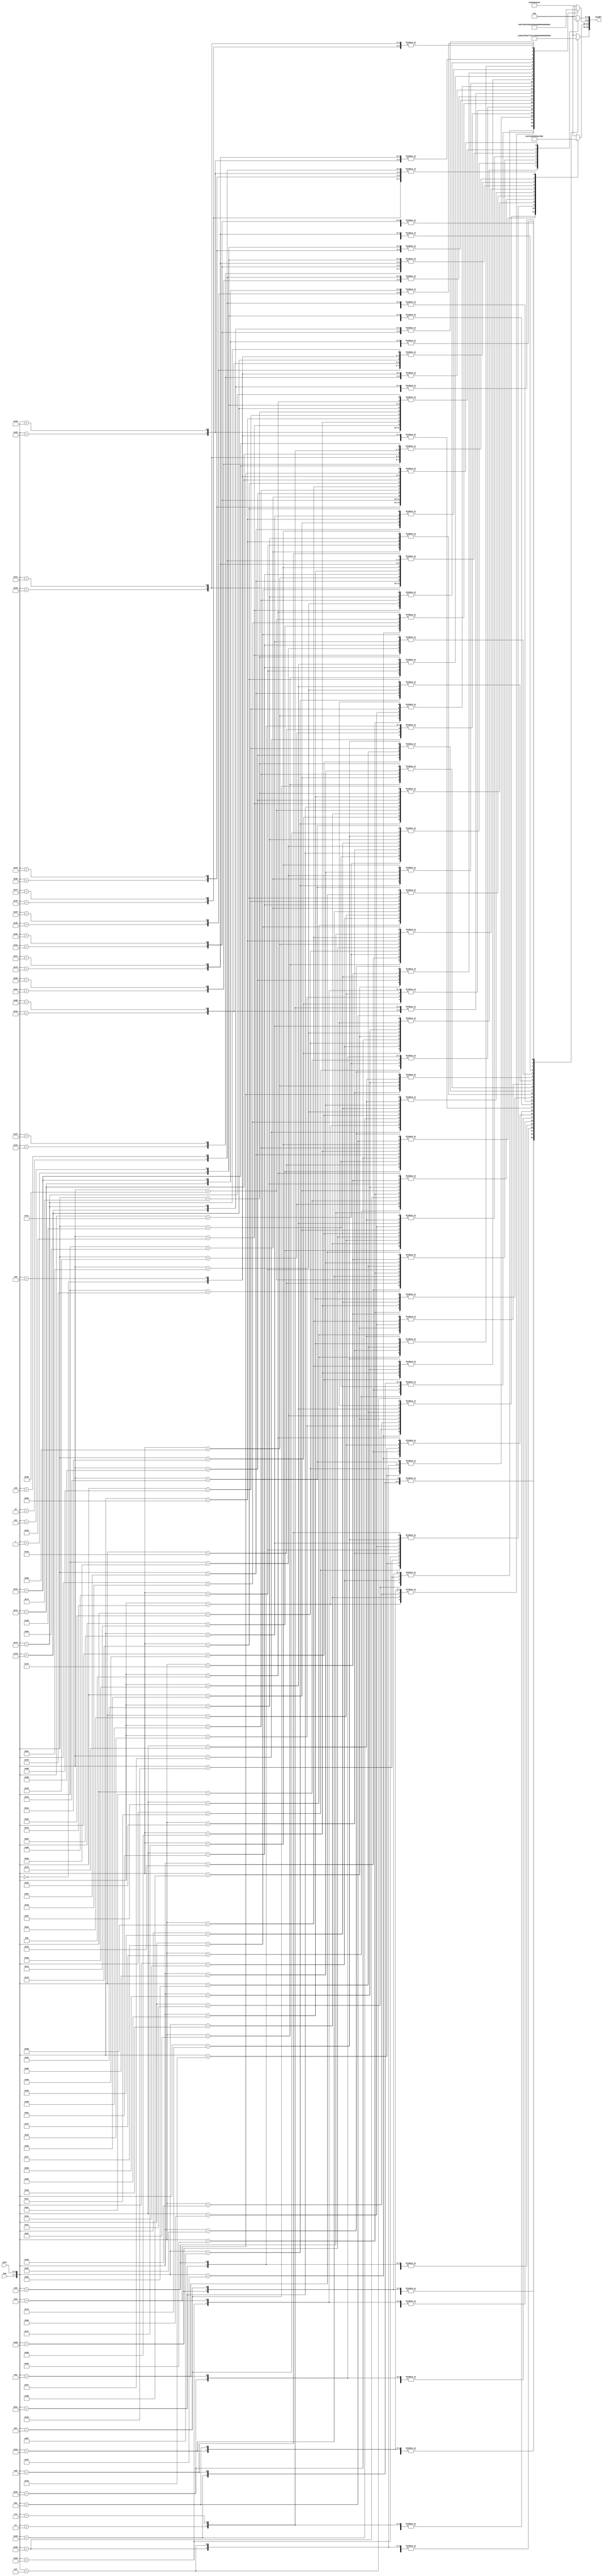
`timescale 1ns/1ps
module intra_lut2(			
  ang,
  yPos,
  weight			//pred[x,y] = (32-weight)*ref[]+weight*ref[]....
);

  input [2:0]  yPos;
  output [19:0] weight;
  
  //reg[19:0] weight;
  input [4:0] ang;
  reg [19:0] weight;
  always @(*)
   
  begin 
     casez ({ ang, yPos})
//angle = -2
		8'o00:  begin weight[19:15]= 30; weight[14:10]= 28;  weight[9:5]= 26;  weight[4:0]= 24; end 
		8'o01:  begin weight[19:15]= 22; weight[14:10]= 20;  weight[9:5]= 18;  weight[4:0]= 16; end 
		8'o02:  begin weight[19:15]= 14; weight[14:10]= 12;  weight[9:5]= 10;  weight[4:0]= 8; end 
		8'o03:  begin weight[19:15]= 6; weight[14:10]= 4;  weight[9:5]= 2;  weight[4:0]= 0; end 
		8'o04:  begin weight[19:15]= 30; weight[14:10]= 28;  weight[9:5]= 26;  weight[4:0]= 24; end 
		8'o05:  begin weight[19:15]= 22; weight[14:10]= 20;  weight[9:5]= 18;  weight[4:0]= 16; end 
		8'o06:  begin weight[19:15]= 14; weight[14:10]= 12;  weight[9:5]= 10;  weight[4:0]= 8; end 
		8'o07:  begin weight[19:15]= 6; weight[14:10]= 4;  weight[9:5]= 2;  weight[4:0]= 0; end 
//angle = -5
		8'o10:  begin weight[19:15]= 27; weight[14:10]= 22;  weight[9:5]= 17;  weight[4:0]= 12; end 
		8'o11:  begin weight[19:15]= 7; weight[14:10]= 2;  weight[9:5]= 29;  weight[4:0]= 24; end 
		8'o12:  begin weight[19:15]= 19; weight[14:10]= 14;  weight[9:5]= 9;  weight[4:0]= 4; end 
		8'o13:  begin weight[19:15]= 31; weight[14:10]= 26;  weight[9:5]= 21;  weight[4:0]= 16; end 
		8'o14:  begin weight[19:15]= 11; weight[14:10]= 6;  weight[9:5]= 1;  weight[4:0]= 28; end 
		8'o15:  begin weight[19:15]= 23; weight[14:10]= 18;  weight[9:5]= 13;  weight[4:0]= 8; end 
		8'o16:  begin weight[19:15]= 3; weight[14:10]= 30;  weight[9:5]= 25;  weight[4:0]= 20; end 
		8'o17:  begin weight[19:15]= 15; weight[14:10]= 10;  weight[9:5]= 5;  weight[4:0]= 0; end 
//angle = -9
		8'o20:  begin weight[19:15]= 23; weight[14:10]= 14;  weight[9:5]= 5;  weight[4:0]= 28; end 
		8'o21:  begin weight[19:15]= 19; weight[14:10]= 10;  weight[9:5]= 1;  weight[4:0]= 24; end 
		8'o22:  begin weight[19:15]= 15; weight[14:10]= 6;  weight[9:5]= 29;  weight[4:0]= 20; end 
		8'o23:  begin weight[19:15]= 11; weight[14:10]= 2;  weight[9:5]= 25;  weight[4:0]= 16; end 
		8'o24:  begin weight[19:15]= 7; weight[14:10]= 30;  weight[9:5]= 21;  weight[4:0]= 12; end 
		8'o25:  begin weight[19:15]= 3; weight[14:10]= 26;  weight[9:5]= 17;  weight[4:0]= 8; end 
		8'o26:  begin weight[19:15]= 31; weight[14:10]= 22;  weight[9:5]= 13;  weight[4:0]= 4; end 
		8'o27:  begin weight[19:15]= 27; weight[14:10]= 18;  weight[9:5]= 9;  weight[4:0]= 0; end 
//angle = -13
		8'o30:  begin weight[19:15]= 19; weight[14:10]= 6;  weight[9:5]= 25;  weight[4:0]= 12; end 
		8'o31:  begin weight[19:15]= 31; weight[14:10]= 18;  weight[9:5]= 5;  weight[4:0]= 24; end 
		8'o32:  begin weight[19:15]= 11; weight[14:10]= 30;  weight[9:5]= 17;  weight[4:0]= 4; end 
		8'o33:  begin weight[19:15]= 23; weight[14:10]= 10;  weight[9:5]= 29;  weight[4:0]= 16; end 
		8'o34:  begin weight[19:15]= 3; weight[14:10]= 22;  weight[9:5]= 9;  weight[4:0]= 28; end 
		8'o35:  begin weight[19:15]= 15; weight[14:10]= 2;  weight[9:5]= 21;  weight[4:0]= 8; end 
		8'o36:  begin weight[19:15]= 27; weight[14:10]= 14;  weight[9:5]= 1;  weight[4:0]= 20; end 
		8'o37:  begin weight[19:15]= 7; weight[14:10]= 26;  weight[9:5]= 13;  weight[4:0]= 0; end 
//angle = -17
		8'o40:  begin weight[19:15]= 15; weight[14:10]= 30;  weight[9:5]= 13;  weight[4:0]= 28; end 
		8'o41:  begin weight[19:15]= 11; weight[14:10]= 26;  weight[9:5]= 9;  weight[4:0]= 24; end 
		8'o42:  begin weight[19:15]= 7; weight[14:10]= 22;  weight[9:5]= 5;  weight[4:0]= 20; end 
		8'o43:  begin weight[19:15]= 3; weight[14:10]= 18;  weight[9:5]= 1;  weight[4:0]= 16; end 
		8'o44:  begin weight[19:15]= 31; weight[14:10]= 14;  weight[9:5]= 29;  weight[4:0]= 12; end 
		8'o45:  begin weight[19:15]= 27; weight[14:10]= 10;  weight[9:5]= 25;  weight[4:0]= 8; end 
		8'o46:  begin weight[19:15]= 23; weight[14:10]= 6;  weight[9:5]= 21;  weight[4:0]= 4; end 
		8'o47:  begin weight[19:15]= 19; weight[14:10]= 2;  weight[9:5]= 17;  weight[4:0]= 0; end 
//angle = -21
		8'o50:  begin weight[19:15]= 11; weight[14:10]= 22;  weight[9:5]= 1;  weight[4:0]= 12; end 
		8'o51:  begin weight[19:15]= 23; weight[14:10]= 2;  weight[9:5]= 13;  weight[4:0]= 24; end 
		8'o52:  begin weight[19:15]= 3; weight[14:10]= 14;  weight[9:5]= 25;  weight[4:0]= 4; end 
		8'o53:  begin weight[19:15]= 15; weight[14:10]= 26;  weight[9:5]= 5;  weight[4:0]= 16; end 
		8'o54:  begin weight[19:15]= 27; weight[14:10]= 6;  weight[9:5]= 17;  weight[4:0]= 28; end 
		8'o55:  begin weight[19:15]= 7; weight[14:10]= 18;  weight[9:5]= 29;  weight[4:0]= 8; end 
		8'o56:  begin weight[19:15]= 19; weight[14:10]= 30;  weight[9:5]= 9;  weight[4:0]= 20; end 
		8'o57:  begin weight[19:15]= 31; weight[14:10]= 10;  weight[9:5]= 21;  weight[4:0]= 0; end 
//angle = -26
		8'o60:  begin weight[19:15]= 6; weight[14:10]= 12;  weight[9:5]= 18;  weight[4:0]= 24; end 
		8'o61:  begin weight[19:15]= 30; weight[14:10]= 4;  weight[9:5]= 10;  weight[4:0]= 16; end 
		8'o62:  begin weight[19:15]= 22; weight[14:10]= 28;  weight[9:5]= 2;  weight[4:0]= 8; end 
		8'o63:  begin weight[19:15]= 14; weight[14:10]= 20;  weight[9:5]= 26;  weight[4:0]= 0; end 
		8'o64:  begin weight[19:15]= 6; weight[14:10]= 12;  weight[9:5]= 18;  weight[4:0]= 24; end 
		8'o65:  begin weight[19:15]= 30; weight[14:10]= 4;  weight[9:5]= 10;  weight[4:0]= 16; end 
		8'o66:  begin weight[19:15]= 22; weight[14:10]= 28;  weight[9:5]= 2;  weight[4:0]= 8; end 
		8'o67:  begin weight[19:15]= 14; weight[14:10]= 20;  weight[9:5]= 26;  weight[4:0]= 0; end 
//angle = -32
		8'o7?:  begin weight[19:15]= 0; weight[14:10]= 0;  weight[9:5]= 0;  weight[4:0]= 0; end 
//angle = 0
		8'o10?:  begin weight[19:15]= 0; weight[14:10]= 0;  weight[9:5]= 0;  weight[4:0]= 0; end 
//angle = 2
		8'o110:  begin weight[19:15]= 2; weight[14:10]= 4;  weight[9:5]= 6;  weight[4:0]= 8; end 
		8'o111:  begin weight[19:15]= 10; weight[14:10]= 12;  weight[9:5]= 14;  weight[4:0]= 16; end 
		8'o112:  begin weight[19:15]= 18; weight[14:10]= 20;  weight[9:5]= 22;  weight[4:0]= 24; end 
		8'o113:  begin weight[19:15]= 26; weight[14:10]= 28;  weight[9:5]= 30;  weight[4:0]= 0; end 
		8'o114:  begin weight[19:15]= 2; weight[14:10]= 4;  weight[9:5]= 6;  weight[4:0]= 8; end 
		8'o115:  begin weight[19:15]= 10; weight[14:10]= 12;  weight[9:5]= 14;  weight[4:0]= 16; end 
		8'o116:  begin weight[19:15]= 18; weight[14:10]= 20;  weight[9:5]= 22;  weight[4:0]= 24; end 
		8'o117:  begin weight[19:15]= 26; weight[14:10]= 28;  weight[9:5]= 30;  weight[4:0]= 0; end 
//angle = 5
		8'o120:  begin weight[19:15]= 5; weight[14:10]= 10;  weight[9:5]= 15;  weight[4:0]= 20; end 
		8'o121:  begin weight[19:15]= 25; weight[14:10]= 30;  weight[9:5]= 3;  weight[4:0]= 8; end 
		8'o122:  begin weight[19:15]= 13; weight[14:10]= 18;  weight[9:5]= 23;  weight[4:0]= 28; end 
		8'o123:  begin weight[19:15]= 1; weight[14:10]= 6;  weight[9:5]= 11;  weight[4:0]= 16; end 
		8'o124:  begin weight[19:15]= 21; weight[14:10]= 26;  weight[9:5]= 31;  weight[4:0]= 4; end 
		8'o125:  begin weight[19:15]= 9; weight[14:10]= 14;  weight[9:5]= 19;  weight[4:0]= 24; end 
		8'o126:  begin weight[19:15]= 29; weight[14:10]= 2;  weight[9:5]= 7;  weight[4:0]= 12; end 
		8'o127:  begin weight[19:15]= 17; weight[14:10]= 22;  weight[9:5]= 27;  weight[4:0]= 0; end 
//angle = 9
		8'o130:  begin weight[19:15]= 9; weight[14:10]= 18;  weight[9:5]= 27;  weight[4:0]= 4; end 
		8'o131:  begin weight[19:15]= 13; weight[14:10]= 22;  weight[9:5]= 31;  weight[4:0]= 8; end 
		8'o132:  begin weight[19:15]= 17; weight[14:10]= 26;  weight[9:5]= 3;  weight[4:0]= 12; end 
		8'o133:  begin weight[19:15]= 21; weight[14:10]= 30;  weight[9:5]= 7;  weight[4:0]= 16; end 
		8'o134:  begin weight[19:15]= 25; weight[14:10]= 2;  weight[9:5]= 11;  weight[4:0]= 20; end 
		8'o135:  begin weight[19:15]= 29; weight[14:10]= 6;  weight[9:5]= 15;  weight[4:0]= 24; end 
		8'o136:  begin weight[19:15]= 1; weight[14:10]= 10;  weight[9:5]= 19;  weight[4:0]= 28; end 
		8'o137:  begin weight[19:15]= 5; weight[14:10]= 14;  weight[9:5]= 23;  weight[4:0]= 0; end 
//angle = 13
		8'o140:  begin weight[19:15]= 13; weight[14:10]= 26;  weight[9:5]= 7;  weight[4:0]= 20; end 
		8'o141:  begin weight[19:15]= 1; weight[14:10]= 14;  weight[9:5]= 27;  weight[4:0]= 8; end 
		8'o142:  begin weight[19:15]= 21; weight[14:10]= 2;  weight[9:5]= 15;  weight[4:0]= 28; end 
		8'o143:  begin weight[19:15]= 9; weight[14:10]= 22;  weight[9:5]= 3;  weight[4:0]= 16; end 
		8'o144:  begin weight[19:15]= 29; weight[14:10]= 10;  weight[9:5]= 23;  weight[4:0]= 4; end 
		8'o145:  begin weight[19:15]= 17; weight[14:10]= 30;  weight[9:5]= 11;  weight[4:0]= 24; end 
		8'o146:  begin weight[19:15]= 5; weight[14:10]= 18;  weight[9:5]= 31;  weight[4:0]= 12; end 
		8'o147:  begin weight[19:15]= 25; weight[14:10]= 6;  weight[9:5]= 19;  weight[4:0]= 0; end 
//angle = 17
		8'o150:  begin weight[19:15]= 17; weight[14:10]= 2;  weight[9:5]= 19;  weight[4:0]= 4; end 
		8'o151:  begin weight[19:15]= 21; weight[14:10]= 6;  weight[9:5]= 23;  weight[4:0]= 8; end 
		8'o152:  begin weight[19:15]= 25; weight[14:10]= 10;  weight[9:5]= 27;  weight[4:0]= 12; end 
		8'o153:  begin weight[19:15]= 29; weight[14:10]= 14;  weight[9:5]= 31;  weight[4:0]= 16; end 
		8'o154:  begin weight[19:15]= 1; weight[14:10]= 18;  weight[9:5]= 3;  weight[4:0]= 20; end 
		8'o155:  begin weight[19:15]= 5; weight[14:10]= 22;  weight[9:5]= 7;  weight[4:0]= 24; end 
		8'o156:  begin weight[19:15]= 9; weight[14:10]= 26;  weight[9:5]= 11;  weight[4:0]= 28; end 
		8'o157:  begin weight[19:15]= 13; weight[14:10]= 30;  weight[9:5]= 15;  weight[4:0]= 0; end 
//angle = 21
		8'o160:  begin weight[19:15]= 21; weight[14:10]= 10;  weight[9:5]= 31;  weight[4:0]= 20; end 
		8'o161:  begin weight[19:15]= 9; weight[14:10]= 30;  weight[9:5]= 19;  weight[4:0]= 8; end 
		8'o162:  begin weight[19:15]= 29; weight[14:10]= 18;  weight[9:5]= 7;  weight[4:0]= 28; end 
		8'o163:  begin weight[19:15]= 17; weight[14:10]= 6;  weight[9:5]= 27;  weight[4:0]= 16; end 
		8'o164:  begin weight[19:15]= 5; weight[14:10]= 26;  weight[9:5]= 15;  weight[4:0]= 4; end 
		8'o165:  begin weight[19:15]= 25; weight[14:10]= 14;  weight[9:5]= 3;  weight[4:0]= 24; end 
		8'o166:  begin weight[19:15]= 13; weight[14:10]= 2;  weight[9:5]= 23;  weight[4:0]= 12; end 
		8'o167:  begin weight[19:15]= 1; weight[14:10]= 22;  weight[9:5]= 11;  weight[4:0]= 0; end 
//angle = 26
		8'o170:  begin weight[19:15]= 26; weight[14:10]= 20;  weight[9:5]= 14;  weight[4:0]= 8; end 
		8'o171:  begin weight[19:15]= 2; weight[14:10]= 28;  weight[9:5]= 22;  weight[4:0]= 16; end 
		8'o172:  begin weight[19:15]= 10; weight[14:10]= 4;  weight[9:5]= 30;  weight[4:0]= 24; end 
		8'o173:  begin weight[19:15]= 18; weight[14:10]= 12;  weight[9:5]= 6;  weight[4:0]= 0; end 
		8'o174:  begin weight[19:15]= 26; weight[14:10]= 20;  weight[9:5]= 14;  weight[4:0]= 8; end 
		8'o175:  begin weight[19:15]= 2; weight[14:10]= 28;  weight[9:5]= 22;  weight[4:0]= 16; end 
		8'o176:  begin weight[19:15]= 10; weight[14:10]= 4;  weight[9:5]= 30;  weight[4:0]= 24; end 
		8'o177:  begin weight[19:15]= 18; weight[14:10]= 12;  weight[9:5]= 6;  weight[4:0]= 0; end 
//angle = 32
		8'o20?:  begin weight[19:15]= 0; weight[14:10]= 0;  weight[9:5]= 0;  weight[4:0]= 0; end 


    default :      // for angle = +- 32;
            weight = 20'd0;
  endcase
     
     
  end
  
  
endmodule